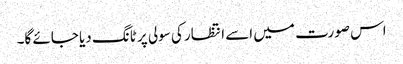
اس صورت میں اسے انتظار کی سولی پر ٹانگ دیا جائے گا۔